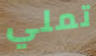
تملي